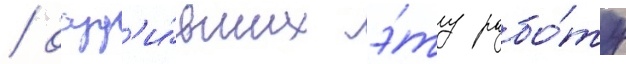
/ осуд'и́вших э́ту рабо́ту